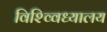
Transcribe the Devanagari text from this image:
विश्व्विध्यालय